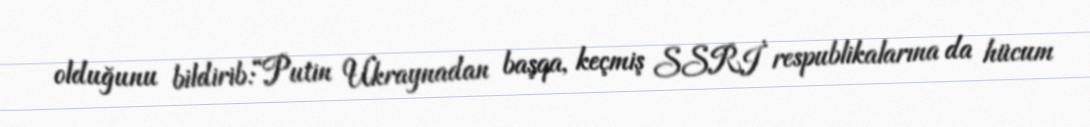
olduğunu bildirib:“Putin Ukraynadan başqa, keçmiş SSRİ respublikalarına da hücum